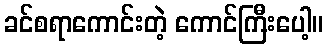
ခင်စရာကောင်းတဲ့ ကောင်ကြီးပေါ့။